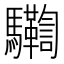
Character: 𩧛